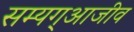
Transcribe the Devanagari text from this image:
सम्यग्आजीव